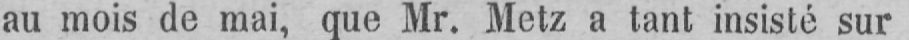
au mois de mai, que Mr. Metz a tant insisté sur